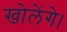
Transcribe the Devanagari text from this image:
खोलेंगे।